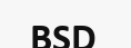
BSD